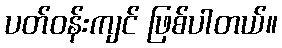
ပတ်ဝန်းကျင် ဖြစ်ပါတယ်။